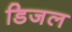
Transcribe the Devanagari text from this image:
डिजल